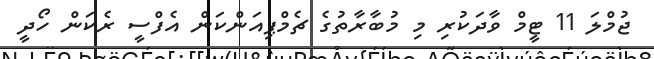
ޖުމްލަ 11 ޓީމް ވާދަކުރި މި މުބާރާތުގެ ޗެމްޕިއަންކަން އެފްސީ ރެކަން ހޯދީ